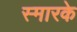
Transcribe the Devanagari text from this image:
स्‍मारके